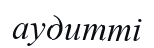
аудитті